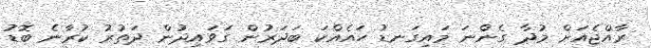
ރާއްޖެއަށް މުދާ ގެންނަ މައިގަނޑު ހައެއްކަ ބަދަރުން ގަވައިދުން ދަތުރު ކުރާނެ ބޮޑު